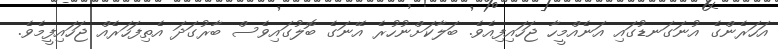
އަހަރެންގެ އުނަގަނޑުގައި އަނެއްމީހާ ޖަހައިފިއެވެ. ބަލާކަށްނުހުރެ އޭނަގެ ބޮލުގައިވެސް ބާރުގަދަ އެތިފަހަރެއް ޖަހައިފީމެވެ.